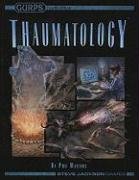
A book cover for GURPS Thaumatology *OP; Phil Masters; Science Fiction & Fantasy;